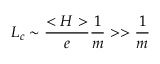
L _ { c } \sim { \frac { < H > } { e } } { \frac { 1 } { m } } > > { \frac { 1 } { m } }